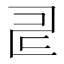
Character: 𠃬